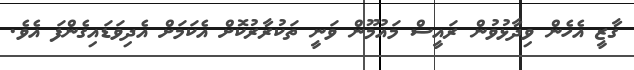
ގާޒީ އެހެން ވިދާޅުވުން ރައީސް މައުމޫން ވަނީ ތަކުރާރުކޮށް އެކަމަށް އެދިވަޑައިގެންފަ އެވެ.